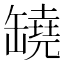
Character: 𦉗